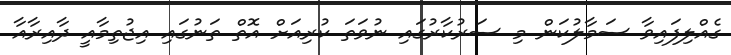
ގެއްލިފައިވާ ސަމާލުކަން މި ސަރުކާރުގައި ނުވަތަ ކުރިއަށް އޮތް ތަނުގައި އިޖުތިމާއީ ދާއިރާއާ